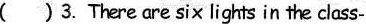
( ) 3.There are si× lights in the class-